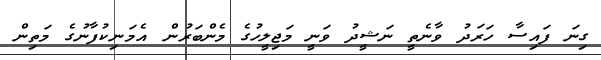
ގިނަ ފައިސާ ހަރަދު ވާނެތީ ނަޝީދު ވަނީ މަޖިލީހުގެ މެންބަރުން އެމަނިކުފާނުގެ މަތިން